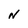
Character: N